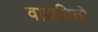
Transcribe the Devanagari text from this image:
वाजवितो